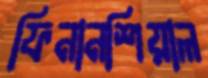
ফিনানশিয়াল